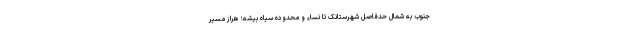
جنوب به شمال حدفاصل شهرستانک تا نساء و محدوده سیاه بیشه؛ هراز مسیر